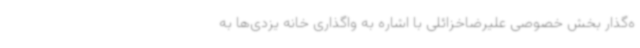
ه‌گذار بخش خصوصی علیرضاخزائلی با اشاره به واگذاری خانه یزدی‌ها به